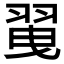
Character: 𦐪